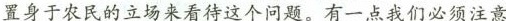
置身于农民的立场来看待这个问题。有一点我们必须注意